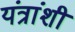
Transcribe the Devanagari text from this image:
यंत्रांशी